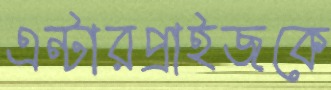
এন্টারপ্রাইজকে